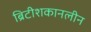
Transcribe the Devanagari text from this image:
ब्रिटीशकानलीन